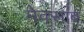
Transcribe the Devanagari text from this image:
मेक्साब